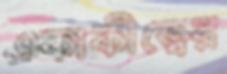
একাকীত্বের